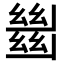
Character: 𢇍